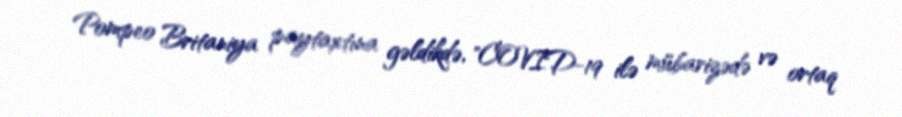
Pompeo Britaniya paytaxtına gəldikdə, "COVID-19 ilə mübarizədə və ortaq